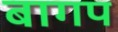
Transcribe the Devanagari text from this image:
बागप